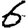
Digit: 6